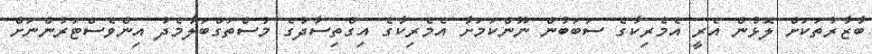
ބާޒާރުތަކަށް ލޮޅުން އެރީ އެމެރިކާގެ ސަބަބުން ނޫންކަަމަށާ އެމެރިކާގެ އިގްތިސާދުގެ މުސްތަގްބަލާމެދު އިންވެސްޓަރުންނަށް